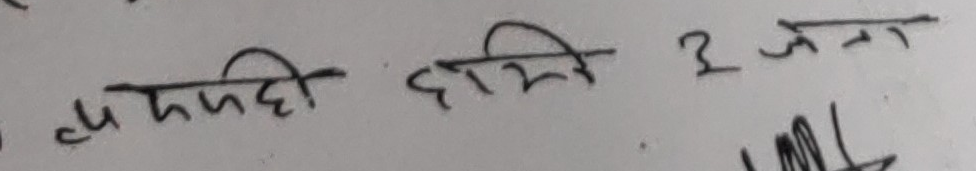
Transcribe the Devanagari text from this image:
थुपैटी हामी ३ जना